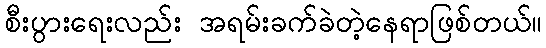
စီးပွားရေးလည်း အရမ်းခက်ခဲတဲ့နေရာဖြစ်တယ်။